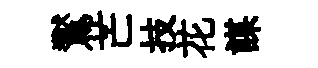
鸑芒技花謀